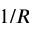
1 / R